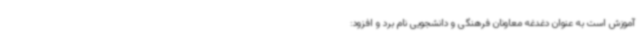
آموزش است به عنوان دغدغه معاونان فرهنگی و دانشجویی نام برد و افزود: